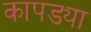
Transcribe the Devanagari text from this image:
कापड्या